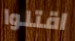
اقتلوا